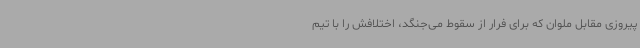
پیروزی مقابل ملوان که برای فرار از سقوط می‌جنگد، اختلافش را با تیم